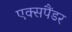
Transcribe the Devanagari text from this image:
एक्सपैंडर